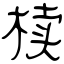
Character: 椟